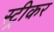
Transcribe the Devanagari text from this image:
स्ट्रीकर